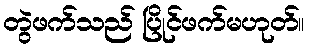
တွဲဖက်သည် ပြိုင်ဖက်မဟုတ်။